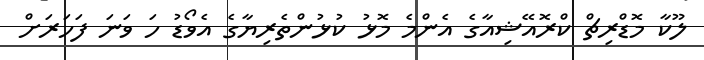
ލޫކާ މޮޑްރިޗް ކްރޮއޭޝިއާގެ އެންމެ މޮޅު ކުޅުންތެރިޔާގެ އެވޯޑު ހަ ވަނަ ފަހަރަށް